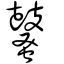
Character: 鼜